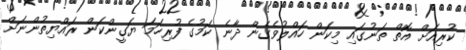
ކުރިއަށް އޮތް ތަނުގައި މިކަން ހައްލުވެގެން ދާނެ ކަމުގެ ފުރިހަމަ ޔަގީންކަން ރައްޔިތުންނަށް